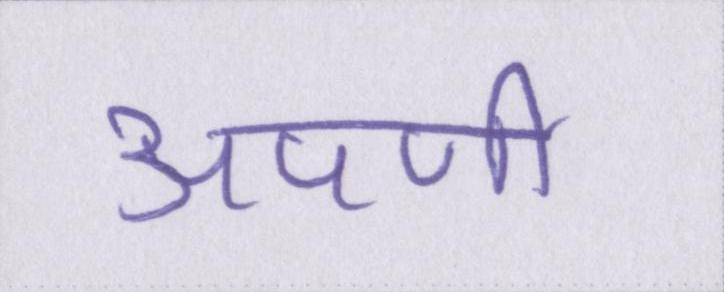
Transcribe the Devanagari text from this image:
अपणी